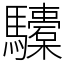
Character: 𩧐